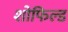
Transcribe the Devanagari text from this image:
शोफिल्ड